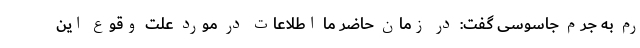
رم به جرم جاسوسی گفت: در زمان حاضر ما اطلاعات در مورد علت وقوع این